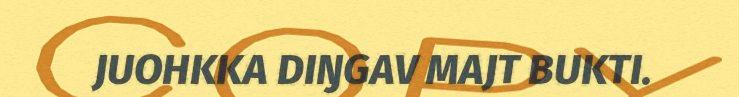
JUOHKKA DIŊGAV MAJT BUKTI.